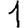
Digit: 1